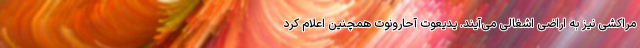
مراکشی نیز به اراضی اشغالی می‌آیند. یدیعوت آحارونوت همچنین اعلام کرد